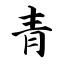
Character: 青